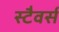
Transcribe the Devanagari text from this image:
स्टैवर्स